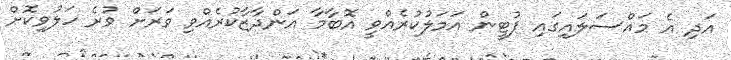
އަދި އެ މައްސަލައިގައި ޕުޓީން އަމަލުކުރެއްވީ އޮބާމާ އަންދާޒާކުރެއްވި ވަރަށް ވުރެ ހަލުވިކޮށް